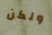
ولكن